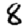
Digit: 8